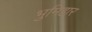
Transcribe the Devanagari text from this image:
भुमिहार